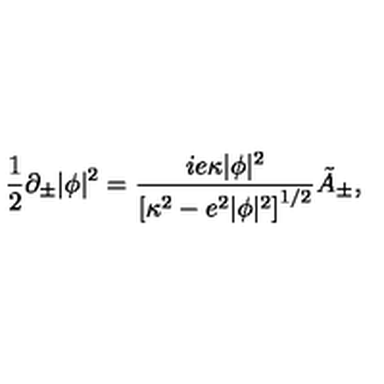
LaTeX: \! \! \! \! \! \! \! \! { \frac { 1 } { 2 } } \partial _ { \pm } | \phi | ^ { 2 } = { \frac { i e \kappa | \phi | ^ { 2 } } { \left[ \kappa ^ { 2 } - e ^ { 2 } | \phi | ^ { 2 } \right] ^ { 1 / 2 } } } \tilde { A } _ { \pm } ,